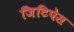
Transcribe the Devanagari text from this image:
जिटिपेस